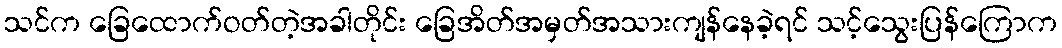
သင်က ခြေထောက်ဝတ်တဲ့အခါတိုင်း ခြေအိတ်အမှတ်အသားကျန်နေခဲ့ရင် သင့်သွေးပြန်ကြောက